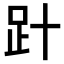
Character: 𧾽